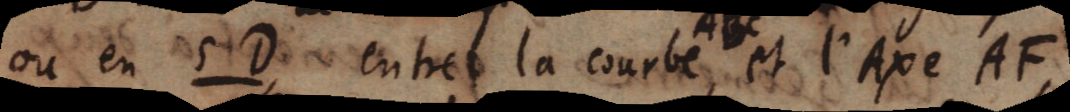
ou en 5D entre la courbe ABC, et l’Axe AF,